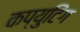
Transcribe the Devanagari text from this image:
कप्युटिंग